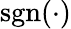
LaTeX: \operatorname{sgn}({\mathord{\cdot}})